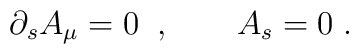
\partial_s A_{\mu}=0 \;\;, \qquad A_s=0 \;.